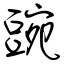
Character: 豌